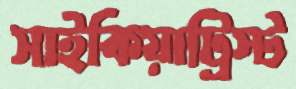
সাইকিয়াট্রিস্ট